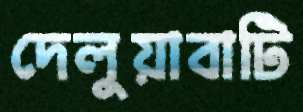
দেলুয়াবাটি